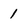
Character: 1